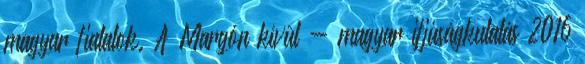
magyar fiatalok. A Margón kívül - magyar ifjúságkutatás 2016